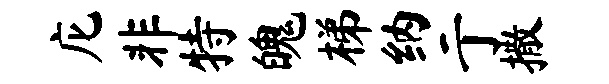
庀非特魄梯纳亍撒